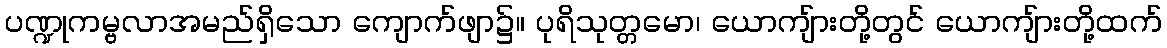
ပဏ္ဍုကမ္ဗလာအမည်ရှိသော ကျောက်ဖျာ၌။ ပုရိသုတ္တမော၊ ယောကျ်ားတို့တွင် ယောကျ်ားတို့ထက်